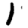
Digit: 1